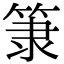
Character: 𥮤